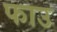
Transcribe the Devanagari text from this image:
फाउ